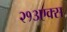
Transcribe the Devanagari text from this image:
२१३एक्स